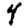
Digit: 4